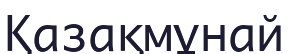
Қазақмұнай